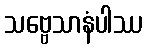
သဗ္ဗေသာနံပါဿ